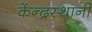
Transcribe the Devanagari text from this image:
केंन्द्रस्थानी